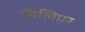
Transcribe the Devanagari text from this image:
फैलिएर